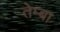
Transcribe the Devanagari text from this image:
तेम्बा